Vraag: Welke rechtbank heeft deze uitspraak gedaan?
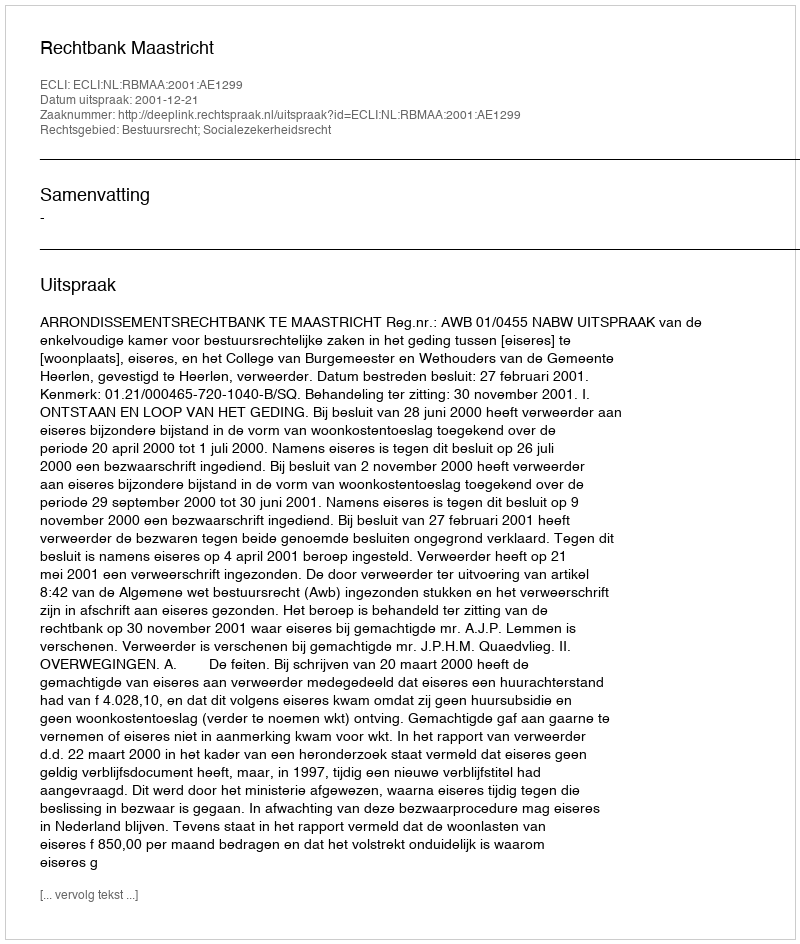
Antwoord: Rechtbank Maastricht